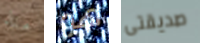
منذ هو صديقتى